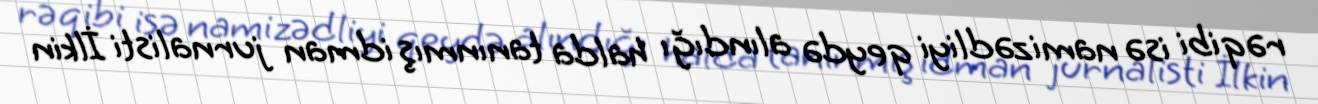
rəqibi isə namizədliyi qeydə alındığı halda tanınmış idman jurnalisti İlkin